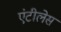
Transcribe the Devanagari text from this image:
एंटीलेस